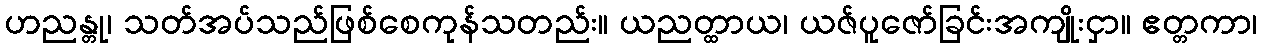
ဟညန္တု၊ သတ်အပ်သည်ဖြစ်စေကုန်သတည်း။ ယညတ္ထာယ၊ ယဇ်ပူဇော်ခြင်းအကျိုးငှာ။ ဧတ္တကာ၊